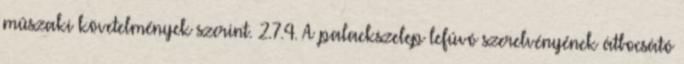
mûszaki követelmények szerint. 2.7.4. A palackszelep lefúvó szerelvényének átbocsátó